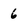
Character: 6